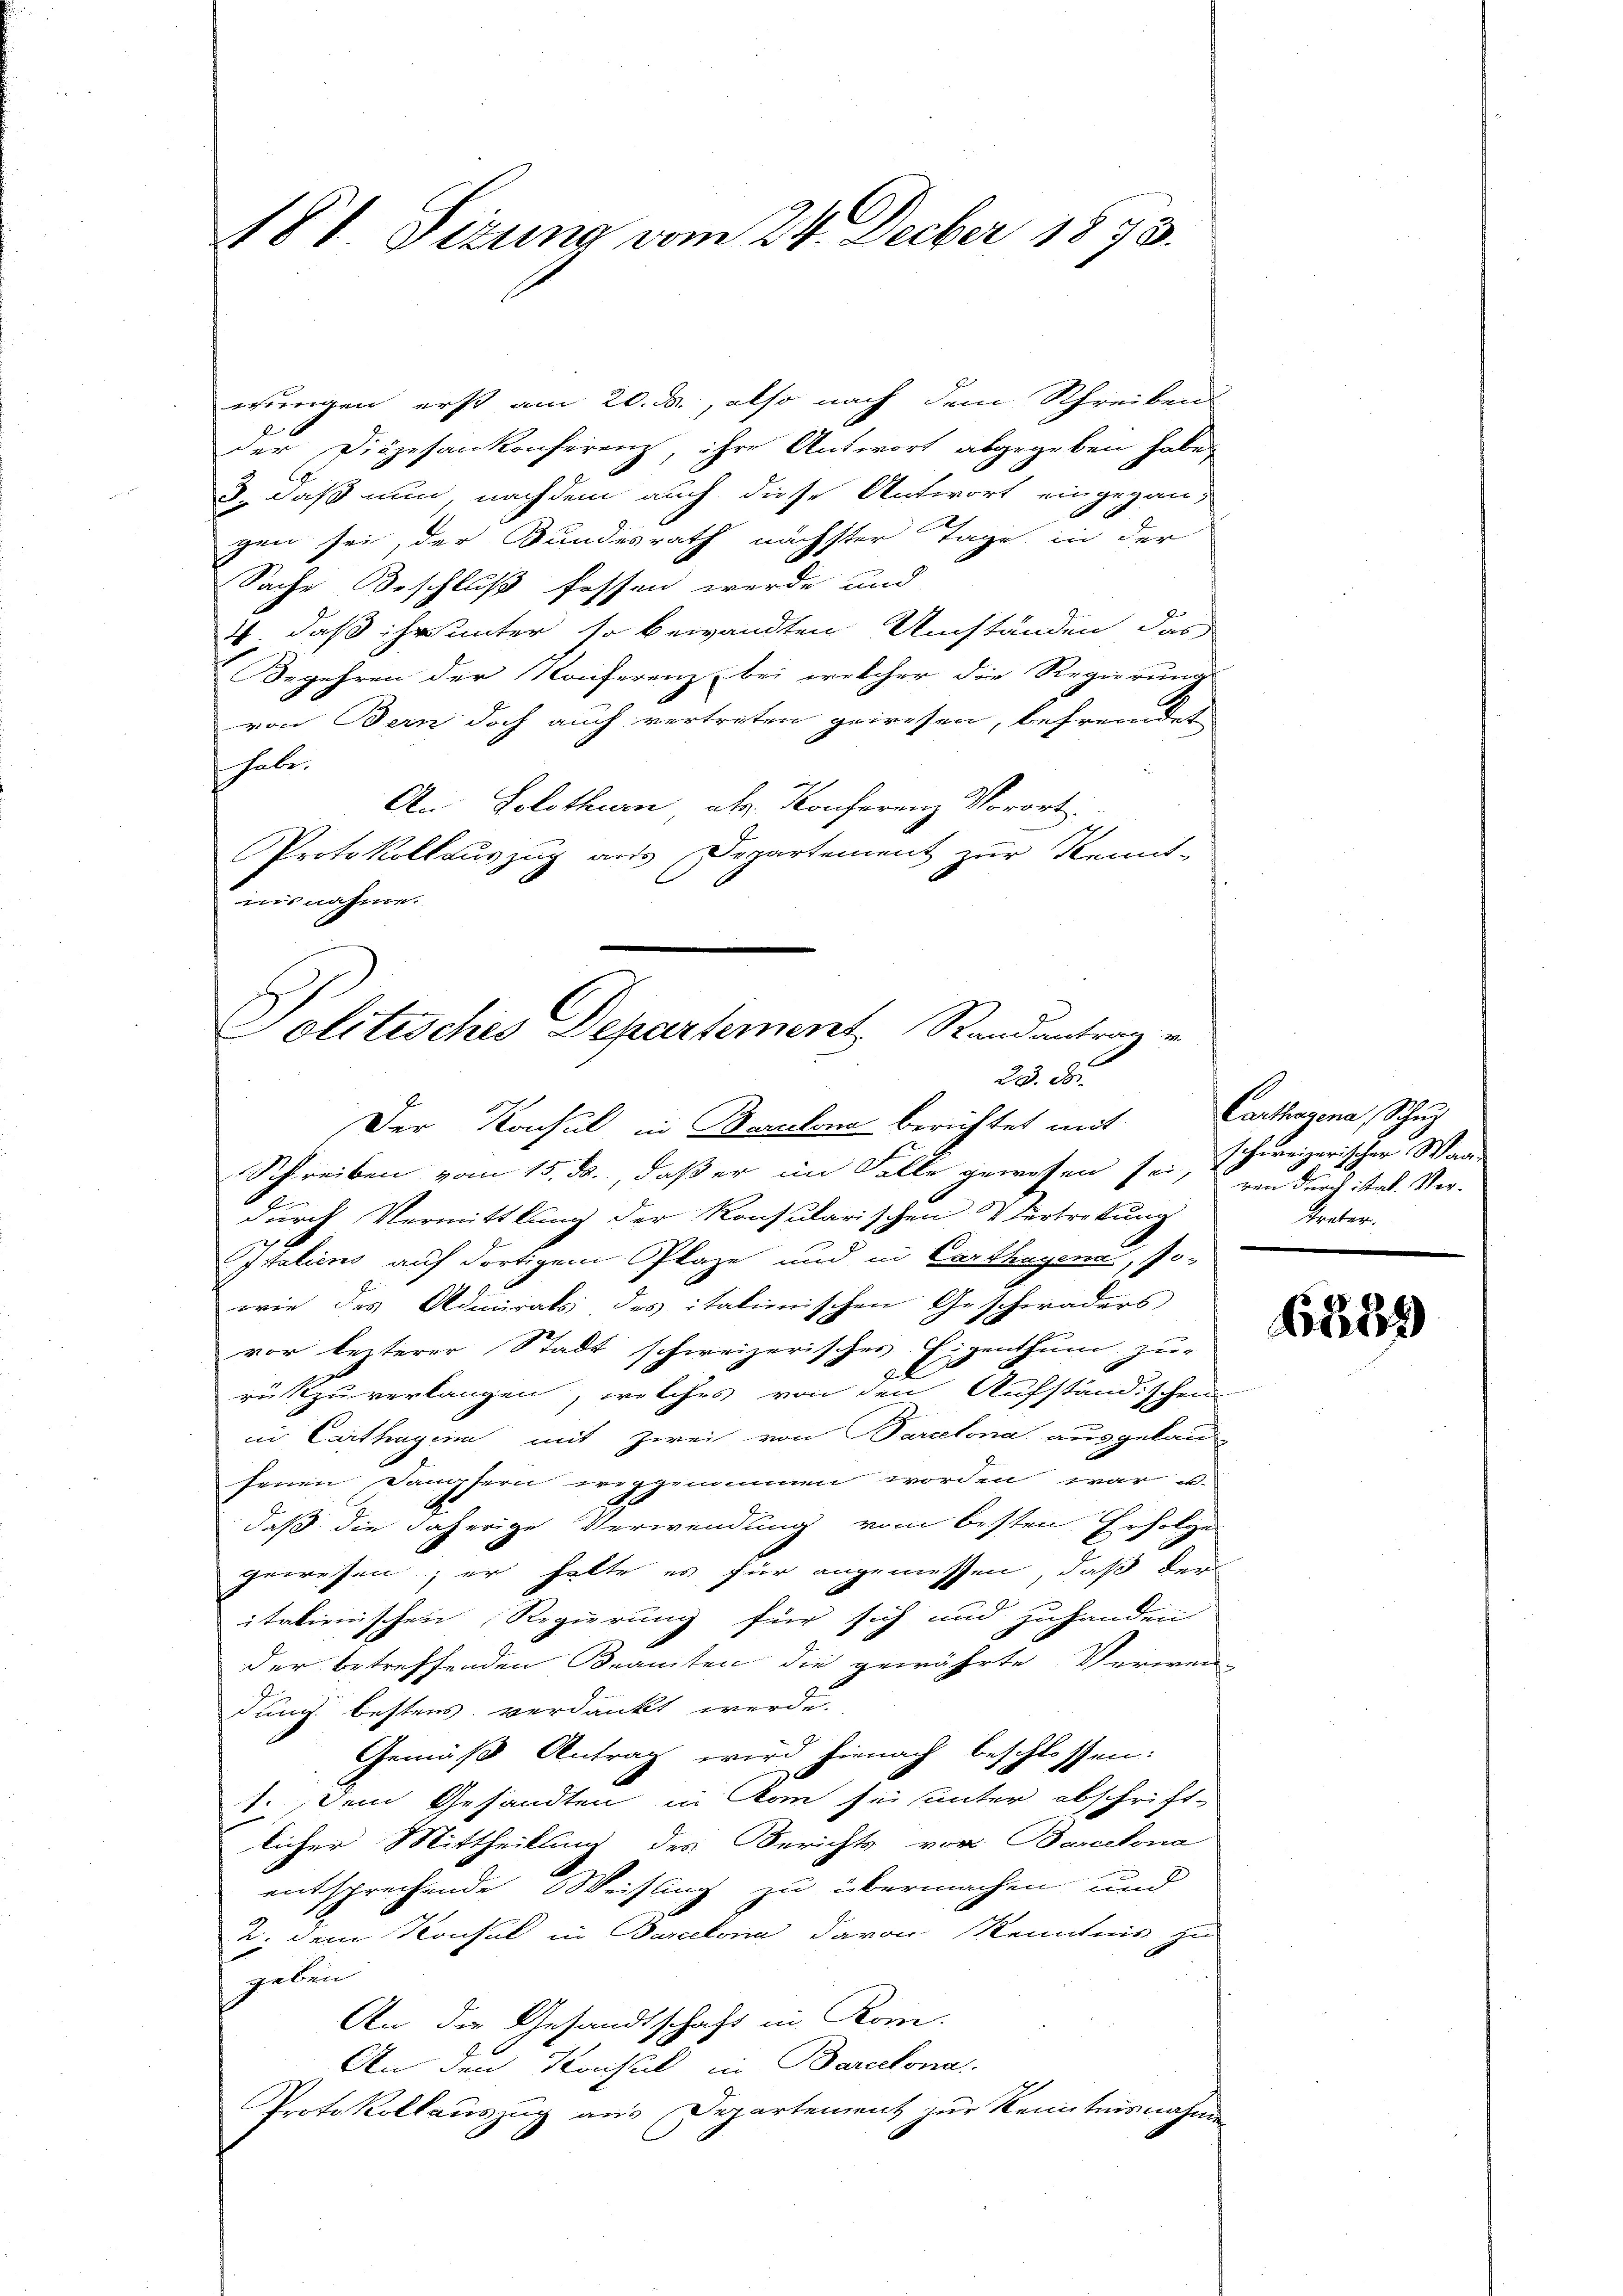
wungen erst am 20. ds., also nach dem Schreiben
der Diözesankonferenz, ihre Antwort abgegeben haben
3. daß nun, nachdem auch diese Antwort eingegangen sei, der Bundesrath nächster Tage in der
Sache Beschluß fassen werde und
4. daß ihr unter so bewandten Umständen das
Begehren der Konferenz bei welcher die Regierungs
von Bern doch auch vertreten gewesen, befremdet
haben
An Solothurn, als. Konferenz Vorort.
Protokollauszug aus Departement zur Kennt-
nisnahme.

18t. Sizung vom 24. Decber 1873.

He
Solitisches Departement Randantrag v.
23. d.

Der Konsul in Barcelona berichtet mit
Schreiben vom 15. ds., daß er im Solle gewesen sei, schreizerischer Wan
2
durch Vermittlung der Konsularischen Vertretung
Italiens auf dortigem Plaze und in Carthayena, Po-
wie des Admirats des italienischen Geschwäders
vor lezterer Stadt schweizerisches Eigenthum zur
el
rükzuverlangen, welches von den Aufständischen
in Carthagin mit zwei von Parcelona ausgelau-
senen Dampfern weggenommen worden war u.
daß die daherige Verwendung vom besten Erfolge
gewesen; er hatte es für angemessen, daß der
itationischen Regierung für sich und zuhanden
der betreffenden Beamten die gewährte Verwen-
dung bestens verdankt werde.
Gemäß Antrag wird hienach beschlossen:
1. Dem Gesandten in Kan sei unter abschrift-
licher Mittheilung des Berichts vor Barcelona
entsprechende Weisung zu übermachen und
2. dem Konsul in Barceloria davon Kenntnis zu
geben
An der Gesandtschaft in Kom¬
An den Konsul in Barcelona
Protokollauszug aus Departement zur Kenntnisnahme

Carthagena, Schuz
ren durch ital. Vertreter.

6384